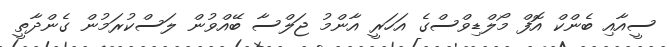
ސީއާއި ބެންކް އޮފް މޯލްޑިވްސްގެ އަހަރީ އާންމު ޖަލްސާ ބޭއްވުން ލަސްކުރަމުން ގެންދާތީ